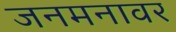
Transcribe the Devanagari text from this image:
जनमनावर